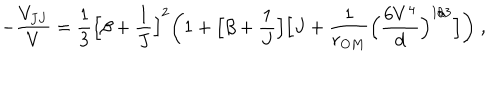
- \frac { V _ { J J } } { V } = \frac { 1 } { 3 } \Big [ \beta + \frac { 1 } { J } \Big ] ^ { 2 } \bigg ( 1 + \Big [ \beta + \frac { 1 } { J } \Big ] \Big [ J + \frac { 1 } { r _ { O M } } \Big ( \frac { 6 V ^ { 4 } } { d } \Big ) ^ { 1 / 3 } \Big ] \bigg ) \; ,